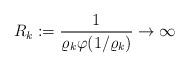
LaTeX: \begin{align*}R_k:=\frac 1 {\varrho_k\varphi\!\left(1/\varrho_k\right)}\to\infty\end{align*}